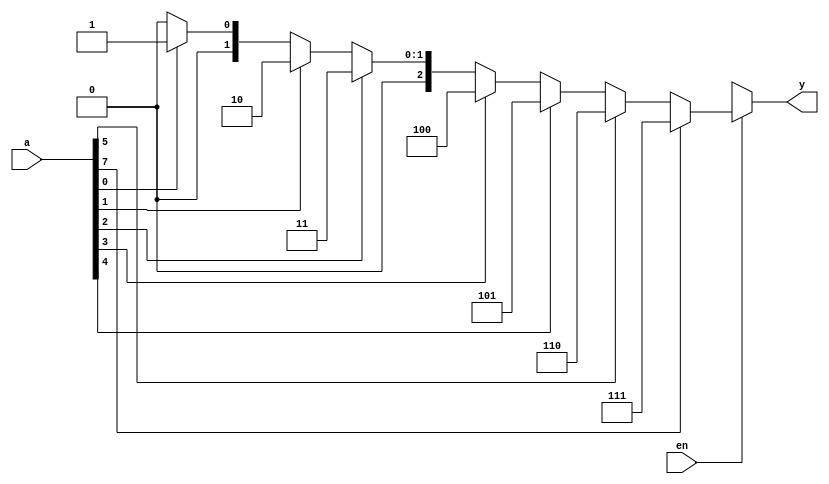
`timescale 1ns / 1ps
//////////////////////////////////////////////////////////////////////////////////
// Company: 
// Engineer: 
// 
// Design Name: 
// Module Name: Encoder
// Project Name: 
// Target Devices: 
// Tool Versions: 
// Description: 
// 
// Dependencies: 
// 
// Revision:
// Revision 0.01 - File Created
// Additional Comments:
// 
//////////////////////////////////////////////////////////////////////////////////


module Encoder(a,en,y);
input [7:0] a;
input en;
output reg[2:0] y;
always @(en,a,y)
begin
if(en==1)
if(a[7]==1)
y=3'b111;
else if(a[5]==1)
y=3'b110;
else if(a[4]==1)
y=3'b101;
else if(a[3]==1)
y=3'b100;
else if(a[2]==1)
y=3'b011;
else if(a[1]==1)
y=3'b010;
else if(a[0]==1)
y=3'b001;
else
y=3'b000;
else
y=3'bxxx;
end
endmodule